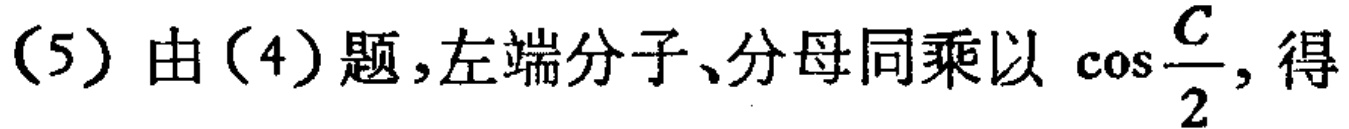
(5) 由(4)题,左端分子、分母同乘以\(\cos\frac{C}{2}\), 得